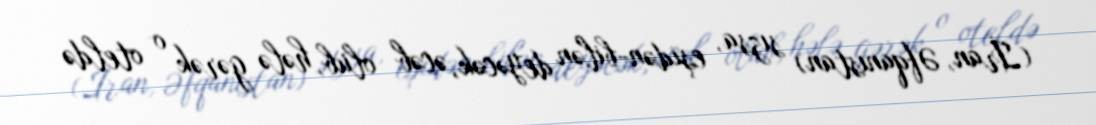
(İran, Əfqanıstan) sızsa, eşidən-bilən deyəcək, əcəb olub, hələ gərək o oteldə